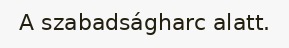
A szabadságharc alatt.